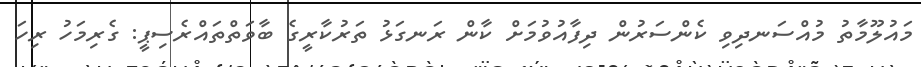
މައުލޫމާތު މުއްސަނދިވި ކެންސަރުން ދިފާއުވުމަށް ކާން ރަނގަޅު ތަރުކާރީގެ ބާވަތްތައްރެސިޕީ: ގެރިމަހު ރިހަ